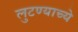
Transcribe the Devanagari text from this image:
लुटण्याच्ये